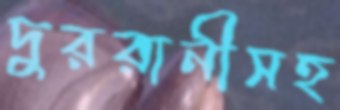
দুররানীসহ